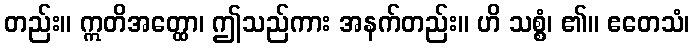
တည်း။ ဣတိအတ္ထော၊ ဤသည်ကား အနက်တည်း။ ဟိ သစ္စံ၊ ၏။ ဧတေသံ၊